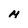
Character: M